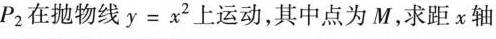
P_{2}在抛物线y=x^{2}上运动，其中点为M，求距x轴